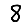
Digit: 8